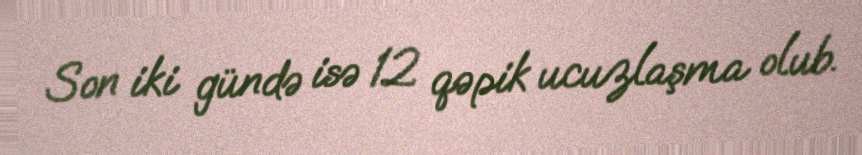
Son iki gündə isə 12 qəpik ucuzlaşma olub.